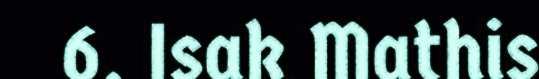
6. Isak Mathis